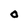
Character: 0